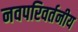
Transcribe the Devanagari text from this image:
नवपरिवर्तनीय